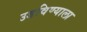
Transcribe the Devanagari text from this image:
उडविण्याला